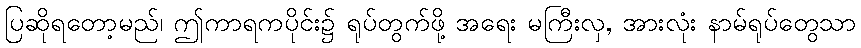
ပြဆိုရတော့မည်၊ ဤကာရကပိုင်း၌ ရုပ်တွက်ဖို့ အရေး မကြီးလှ, အားလုံး နာမ်ရုပ်တွေသာ